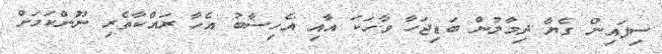
ސިފައިން ގެޔާ ދިމާލުން ބަޑިޖަހާ ވާހަކަ އާއި އެހިސާބު އެހާ ރައްކާތެރި ނޫންކަމަށް